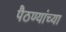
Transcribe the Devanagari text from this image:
पैठण्यांच्या